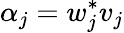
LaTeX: \alpha_{j}=w_{j}^{*}v_{j}